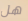
هل